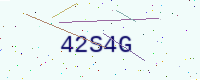
Text: 42S4G